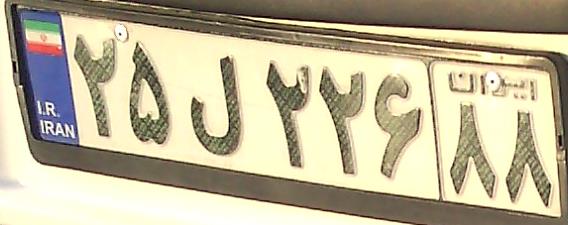
۲۵ل۲۲۶۸۸